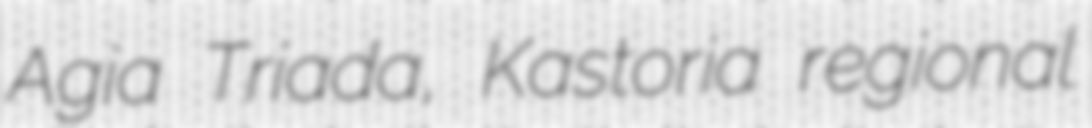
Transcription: Agia Triada, Kastoria regional